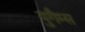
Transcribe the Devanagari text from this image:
युगैम्स